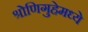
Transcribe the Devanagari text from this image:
श्रोणिगुहेमध्ये